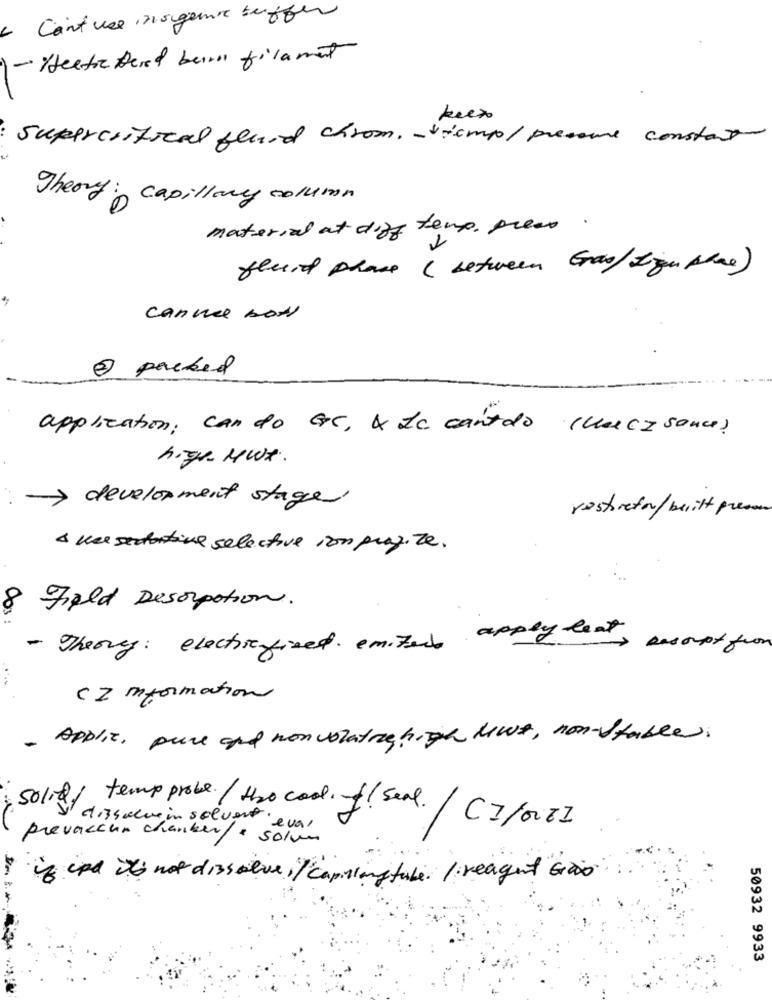
Can't use inorganic buffer
- Hectic Dered burro filament
keex
supercritical fluid chrom. - icmp/pressure constat
Theory : capillary column
material at diff temp. press.
found phase (between Gras/ Ign the)
cannel box
2 packed
application; can do GC, A La cantdo (uncIsance)
high MWe.
> development stage
restoration / built presu
4 mer senactive selective von prag.Ze.
8
Field Desorption.
- Theory: electricfixed emite apply leat
in casoupt from
...
- Applic, pure and non volatrie high lWe, non-stable.
Solit/ temp probe./H2o cool. of seal./ CI/006]
dissolve in solvent eva,
prevaccun chankere solun
if cpd it's not dissolve il capilangtube. / reagent Goo
50932 9933